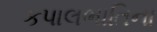
કપાલભાતિના